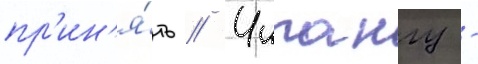
пр'ин'я́ть // Чипангу -